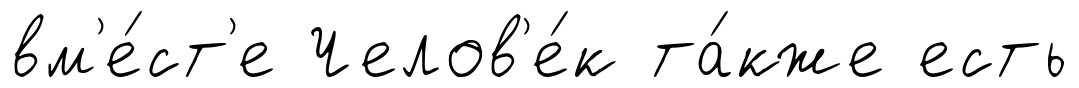
вм'е́ст'е Челов'е́к та́кже есть